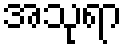
အသုရာ